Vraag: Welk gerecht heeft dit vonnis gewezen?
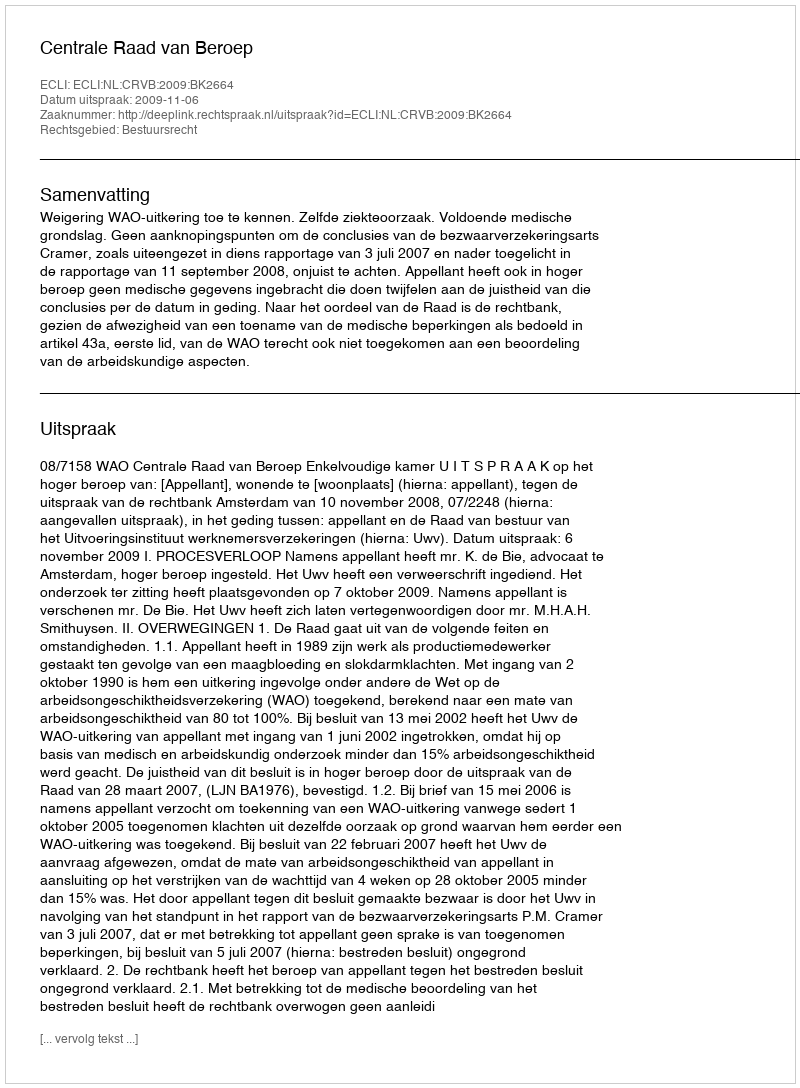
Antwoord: Centrale Raad van Beroep